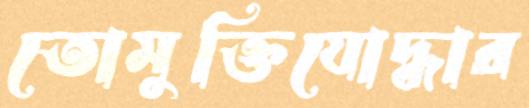
তোমুক্তিযোদ্ধার